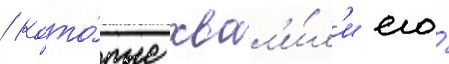
/ кото́рые хвал'и́л'и его́